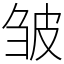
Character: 皱